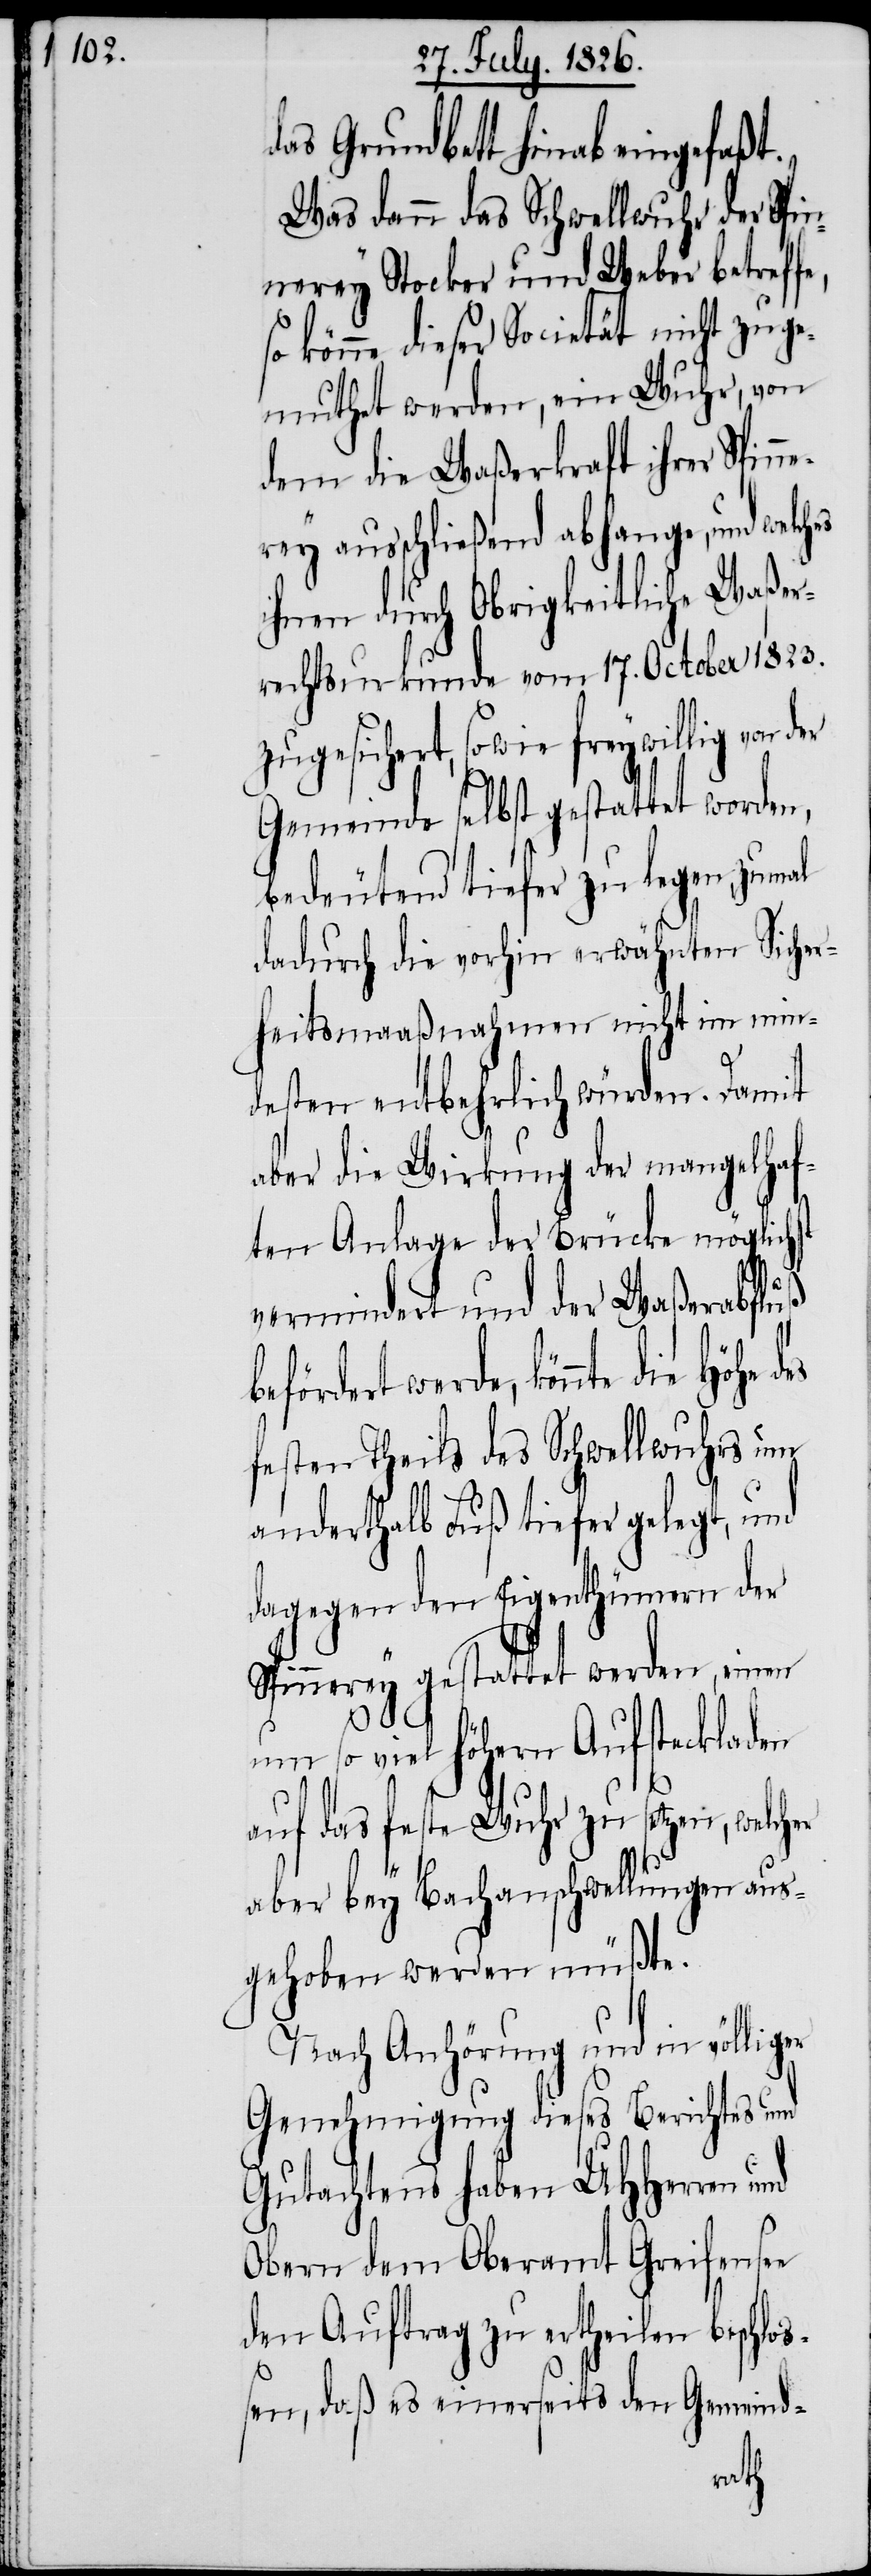
e,

das Grundbett hinab eingefaßt.
Was dann das Schwellwuhr der Spin¬
nerey Stocker und Weber betreff¬
so könne dieser Societät nicht zuge¬
muthet werden, ein Wuhr, von
dem die Waßerkraft ihrer Spinn¬
erey ausschließend abhange, und welches
ihnen durch Obrigkeitliche Waßer¬
rechtsurkunde vom 17. October 1823.
zugesichert, sowie freywillig von der
Gemeinde selbst gestattet worden,
bedeutend tiefer zu legen, zumal
dadurch die vorhin erwähnten Sicher¬
heitsmaaßnahmen nicht im min¬
desten entbehrlich würden. Damit
aber die Wirkung der mangelhaf¬
ten Anlage der Brücke möglichst
vermindert und der Waßerabfluß
werde, könnte die Höhe
festen Theils des Schwellwuhrs um
anderthalb Fuß tiefer gelegt, und
dagegen den Eigenthümern der
Spinnerey gestattet werden, einen
umso viel höhern Aufsteckladen
auf das feste Wuhr zu setzen,
aber bey Bachanschwellungen aus¬
gehoben werden müßte.
Nach Anhörung und in völliger
Genehmigung dieses Berichtes und
Gutachtens haben MHHerren und
Obern dem Oberamt Greifensee
den Auftrag zu ertheilen beschloß¬
en, daß es einerseits den Gemeind-